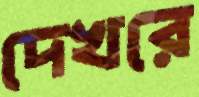
দেখরে